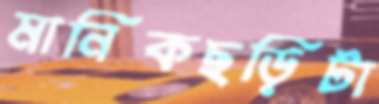
মানিকছড়িটা